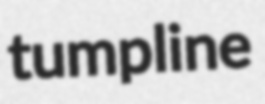
tumpline